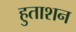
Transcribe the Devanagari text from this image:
हुताशन